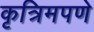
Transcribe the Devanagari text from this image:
कृत्रिमपणे